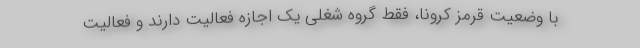
با وضعیت قرمز کرونا، فقط گروه شغلی یک اجازه فعالیت دارند و فعالیت